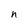
Character: n